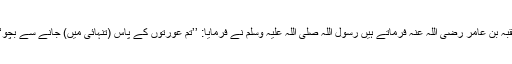
عقبہ بن عامر رضی اللہ عنہ فرماتے ہیں رسول اللہ صلی اللہ علیہ وسلم نے فرمایا: ’’تم عورتوں کے پاس (تنہائی میں) جانے سے بچو‘‘۔